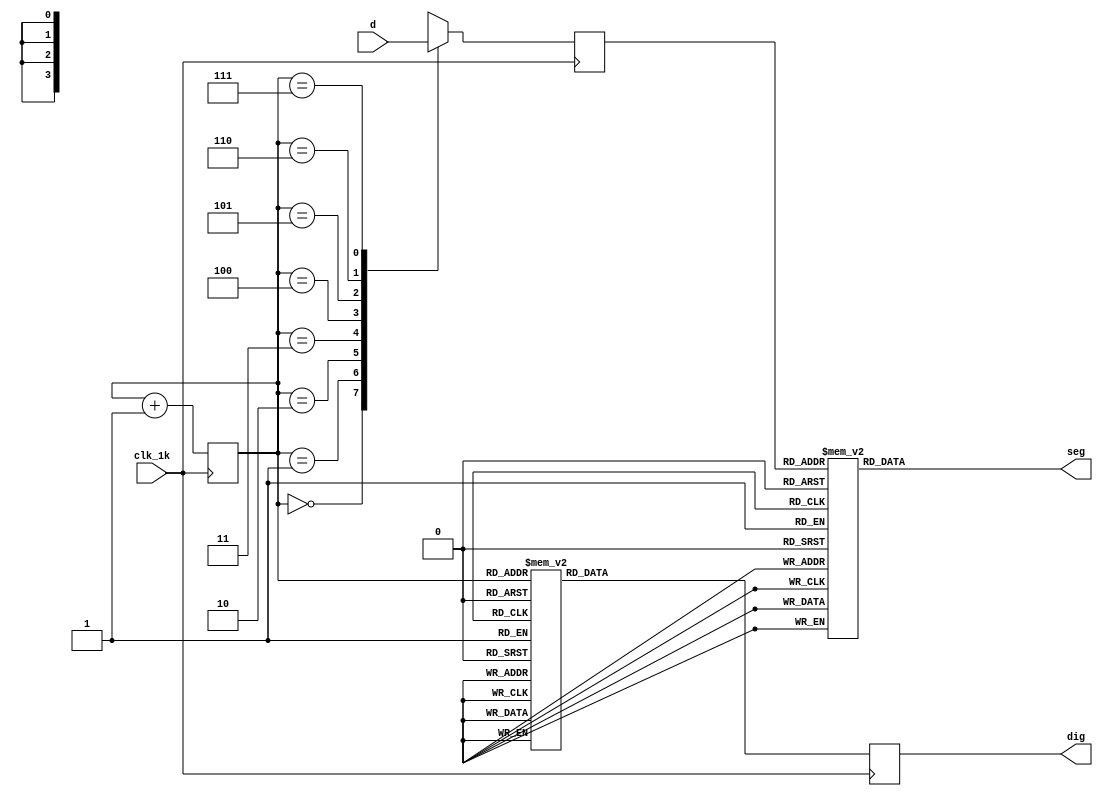
/*******************************************************************
**FPGA
**www.OurFPGA.com
**OurFPGA.taobao.com
**: OurFPGA@gmail.com
**FPGA
**************************************************************
**   2011.06.01
**     version 1.0
**   
dled.bdf F_DIV=50000,F_DIV_WIDTH=16
F_DIV=25000000,F_DIV_WIDTH=25
*********************************************************************/



module scan_led(clk_1k,d,dig,seg);  //scan_led
input clk_1k;							   //
input[31:0] d;							   //
output[7:0]	dig;						   //
output[7:0] seg;						   //

reg[7:0] seg_r;							//
reg[7:0] dig_r;							//
reg[3:0] disp_dat;						//
reg[2:0]count;							   //

assign dig = dig_r;						//
assign seg = seg_r;						//	

always @(posedge clk_1k)   			//
begin
	count <= count + 1'b1;
end

always @(posedge clk_1k)   						
begin
	case(count)							   //
		3'd0:disp_dat = d[31:28];		//
		3'd1:disp_dat = d[27:24];		//
		3'd2:disp_dat = d[23:20];		//
		3'd3:disp_dat = d[19:16];		//
		3'd4:disp_dat = d[15:12];		//
		3'd5:disp_dat = d[11:8];		//
		3'd6:disp_dat = d[7:4];			//
		3'd7:disp_dat = d[3:0];			//
	endcase
	case(count)							//
		3'd0:dig_r = 8'b01111111;		//
		3'd1:dig_r = 8'b10111111;		//
		3'd2:dig_r = 8'b11011111;		//
		3'd3:dig_r = 8'b11101111;		//
		3'd4:dig_r = 8'b11110111;		//
		3'd5:dig_r = 8'b11111011;		//
		3'd6:dig_r = 8'b11111101;		//
		3'd7:dig_r = 8'b11111110;		//
	endcase	
end

always @(disp_dat)
begin
	case(disp_dat)						//
		4'h0:seg_r = 8'hc0;				//0
		4'h1:seg_r = 8'hf9;				//1
		4'h2:seg_r = 8'ha4;				//2
		4'h3:seg_r = 8'hb0;				//3
		4'h4:seg_r = 8'h99;				//4
		4'h5:seg_r = 8'h92;				//5
		4'h6:seg_r = 8'h82;				//6
		4'h7:seg_r = 8'hf8;				//7
		4'h8:seg_r = 8'h80;				//8
		4'h9:seg_r = 8'h90;				//9
		4'ha:seg_r = 8'h88;				//a
		4'hb:seg_r = 8'h83;				//b
		4'hc:seg_r = 8'hc6;				//c
		4'hd:seg_r = 8'ha1;				//d
		4'he:seg_r = 8'h86;				//e
		4'hf:seg_r = 8'h8e;				//f
	endcase
end
endmodule